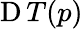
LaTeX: \operatorname{D}T(p)